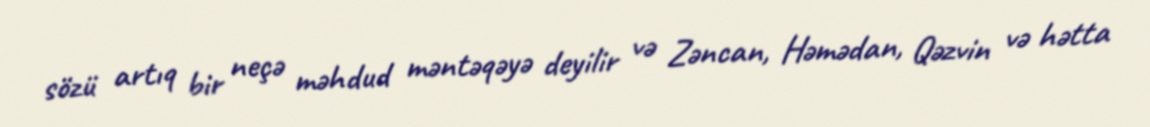
sözü artıq bir neçə məhdud məntəqəyə deyilir və Zəncan, Həmədan, Qəzvin və hətta